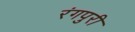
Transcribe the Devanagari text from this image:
रंगपुरी